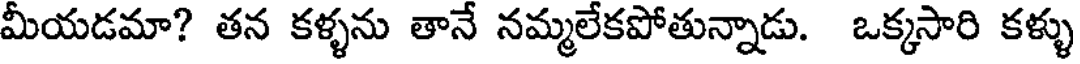
మీయడమా? తన కళ్ళను తానే నమ్మలేకపోతున్నాడు. ఒక్కసారి కళ్ళు